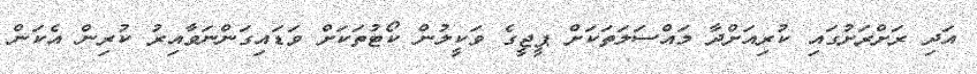
އަދި ރަށްރަށުގައި ކުރިއަށްދާ މައްސަލަތަކަށް ޕީޖީގެ ވަކީލުން ކޯޓުތަކަށް ވަޑައިގަންނަވާއިރު ކުރިން އެކަން